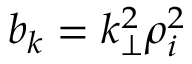
b _ { k } = k _ { \perp } ^ { 2 } \rho _ { i } ^ { 2 }